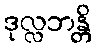
ဒုလ္လဘန္တိ